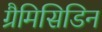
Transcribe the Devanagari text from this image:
ग्रैमिसिडिन